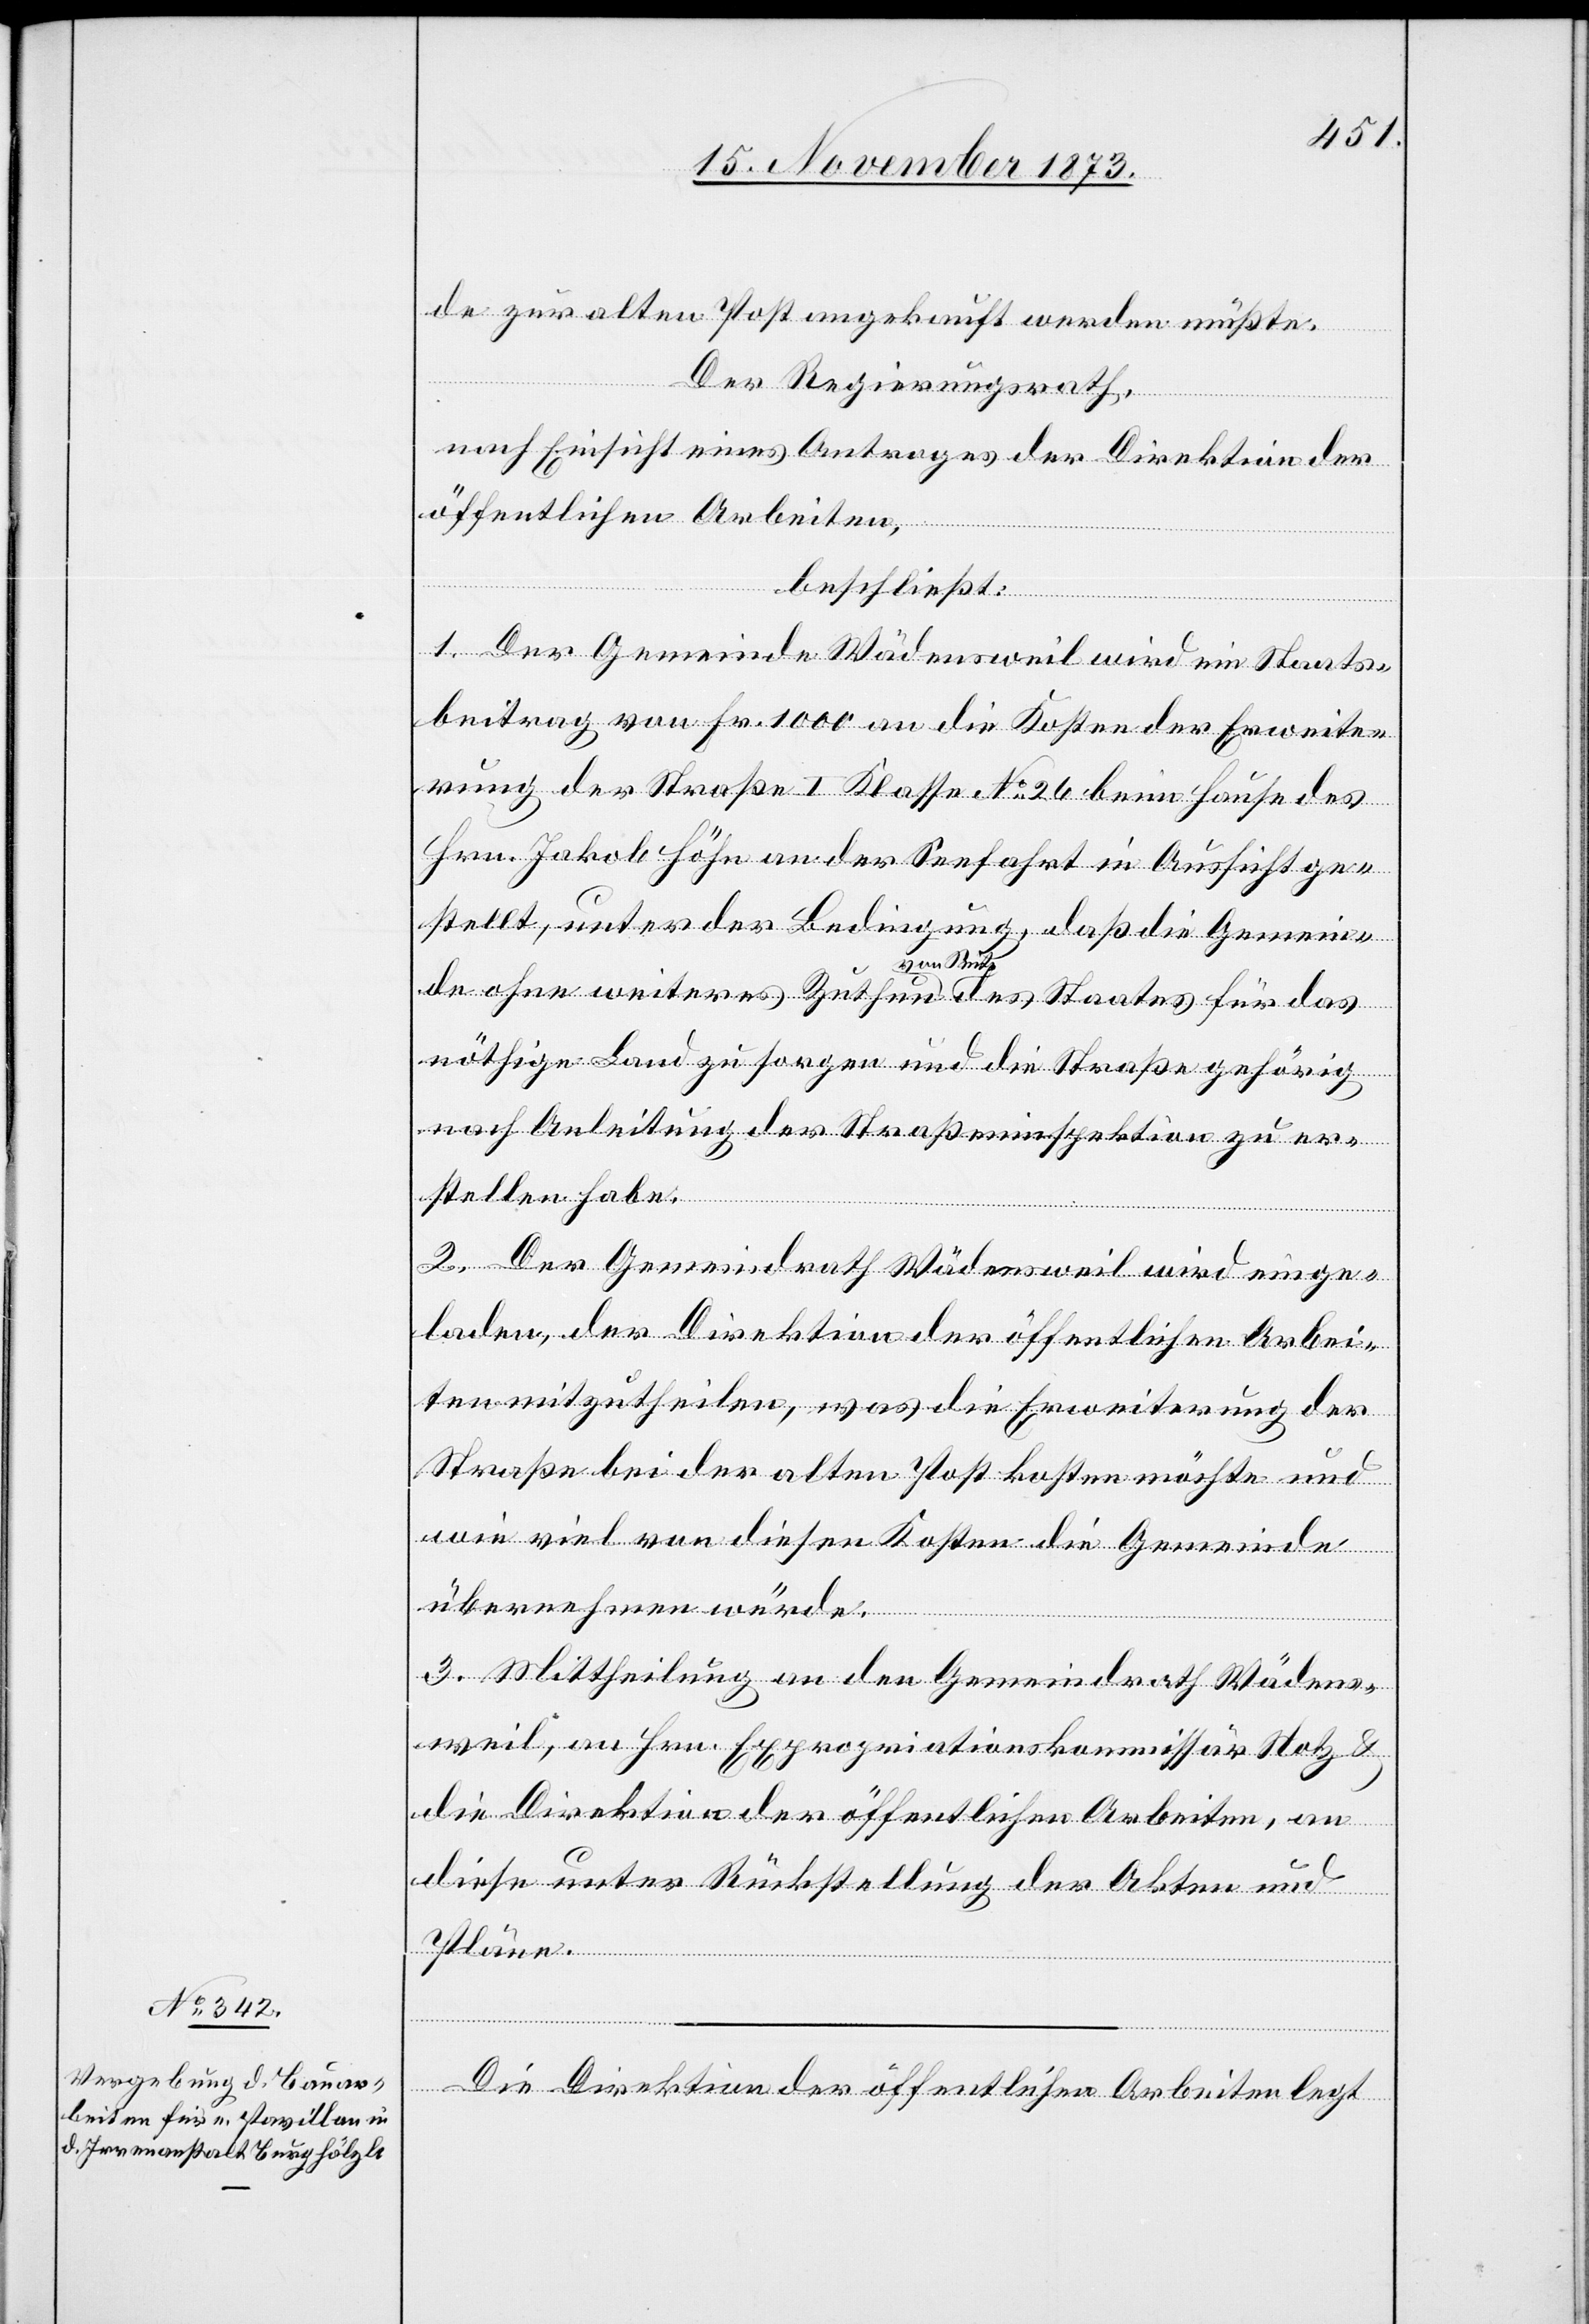
de zur alten Post angekauft werden müßte.
Der Regierungsrath,
nach Einsicht eines Antrages der Direktion der
öffentlichen Arbeiten,
beschließt:
1. Der Gemeinde Wädensweil wird ein Staats¬
beitrag von Fr. 1 000 an die Kosten der Erweite¬
rung der Straße I Klasse No 26 beim Hause des
Hrn. Jakob Höhn an der Seefahrt in Aussicht ge¬
stellt, unter der Bedingung, daß die Gemein¬
de ohne weiteres Zuthun von Seite des Staates für das
nöthige Land zu sorgen und die Straße gehörig
nach Anleitung der Straßeninspektion zu er¬
stellen habe.
2. Der Gemeindrath Wädensweil wird einge¬
laden, der Direktion der öffentlichen Arbei¬
ten mitzutheilen, was die Erweiterung der
Straße bei der alten Post kosten möchte und
wie viel von diesen Kosten die Gemeinde
übernehmen würde.
3. Mittheilung an den Gemeindrath Wädens¬
weil, an Hrn. Expropriationskommissär Notz &
die Direktion der öffentlichen Arbeiten, an
diese unter Rückstellung der Akten und
Pläne.
Die Direktion der öffentlichen Arbeiten legt